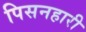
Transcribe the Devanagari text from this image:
पिसनहारी